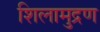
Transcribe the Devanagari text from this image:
शिलामुद्रण